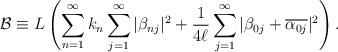
LaTeX: \begin{align*}\mathcal{B} \equiv L \left(\sum_{n=1}^\infty k_n \sum_{j=1}^\infty|\beta_{nj}|^2 +\frac{1}{4\ell} \sum_{j=1}^\infty |\beta_{0j}+\overline{\alpha_{0j}}|^2\right).\end{align*}